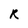
Character: r